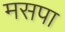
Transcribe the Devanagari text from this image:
मसपा